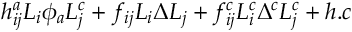
h _ { i j } ^ { a } L _ { i } \phi _ { a } L _ { j } ^ { c } + f _ { i j } L _ { i } \Delta L _ { j } + f _ { i j } ^ { c } L _ { i } ^ { c } \Delta ^ { c } L _ { j } ^ { c } + h . c